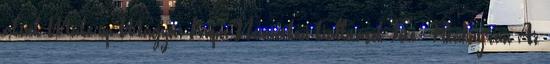
akciók Make-up Magyar Kupa Nemzetközi kiállítások Fotó: Pixabay.com Az